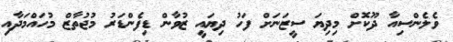
ވެލެންސިއާ ދޫކޮށް މިދިޔަ ސީޒަނަށް ފަހު ދިޔައީ ޒުވާން ޑިފެންޑަރު މުޖުތާޒް މުހައްމަދާއި